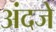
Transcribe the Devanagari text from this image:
अंदजे